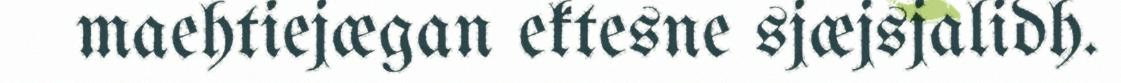
maehtiejægan ektesne sjæjsjalidh.